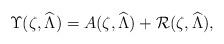
LaTeX: \begin{align*}\Upsilon (\zeta,\widehat \Lambda) = A (\zeta,\widehat{\Lambda}) + \mathcal R (\zeta,\widehat{\Lambda}),\end{align*}